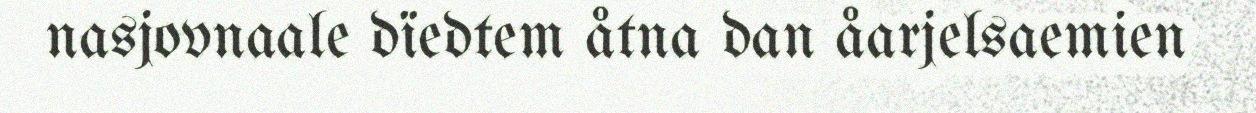
nasjovnaale dïedtem åtna dan åarjelsaemien